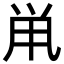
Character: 鼡